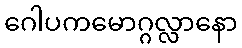
ဂေါပကမောဂ္ဂလ္လာနော